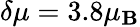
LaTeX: \delta\mu=3.8\mu_{\mathbf{B}}